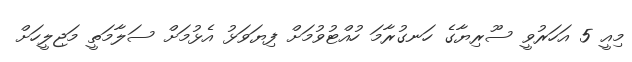
މިއީ 5 އަހަރުވީ ސޫރިޔާގެ ހަނގުރާމަ ހުއްޓުވުމަށް ފިޔަވަޅު އެޅުމަށް ސަލާމަތީ މަޖިލީހަށް